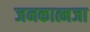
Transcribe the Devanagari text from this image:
जनकात्मजा